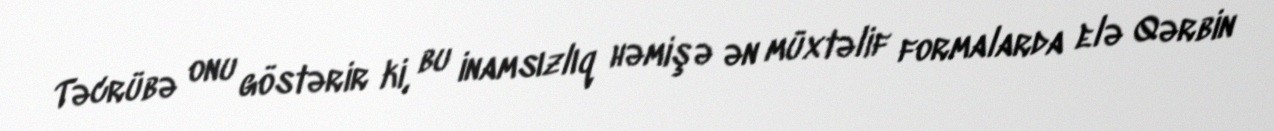
Təcrübə onu göstərir ki, bu inamsızlıq həmişə ən müxtəlif formalarda elə Qərbin